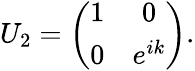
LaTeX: U_{2}=\left(\begin{array}{cc}{1}&{0}\\ {0}&{e^{ik}}\end{array}\right).